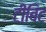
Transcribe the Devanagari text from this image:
टीबिट